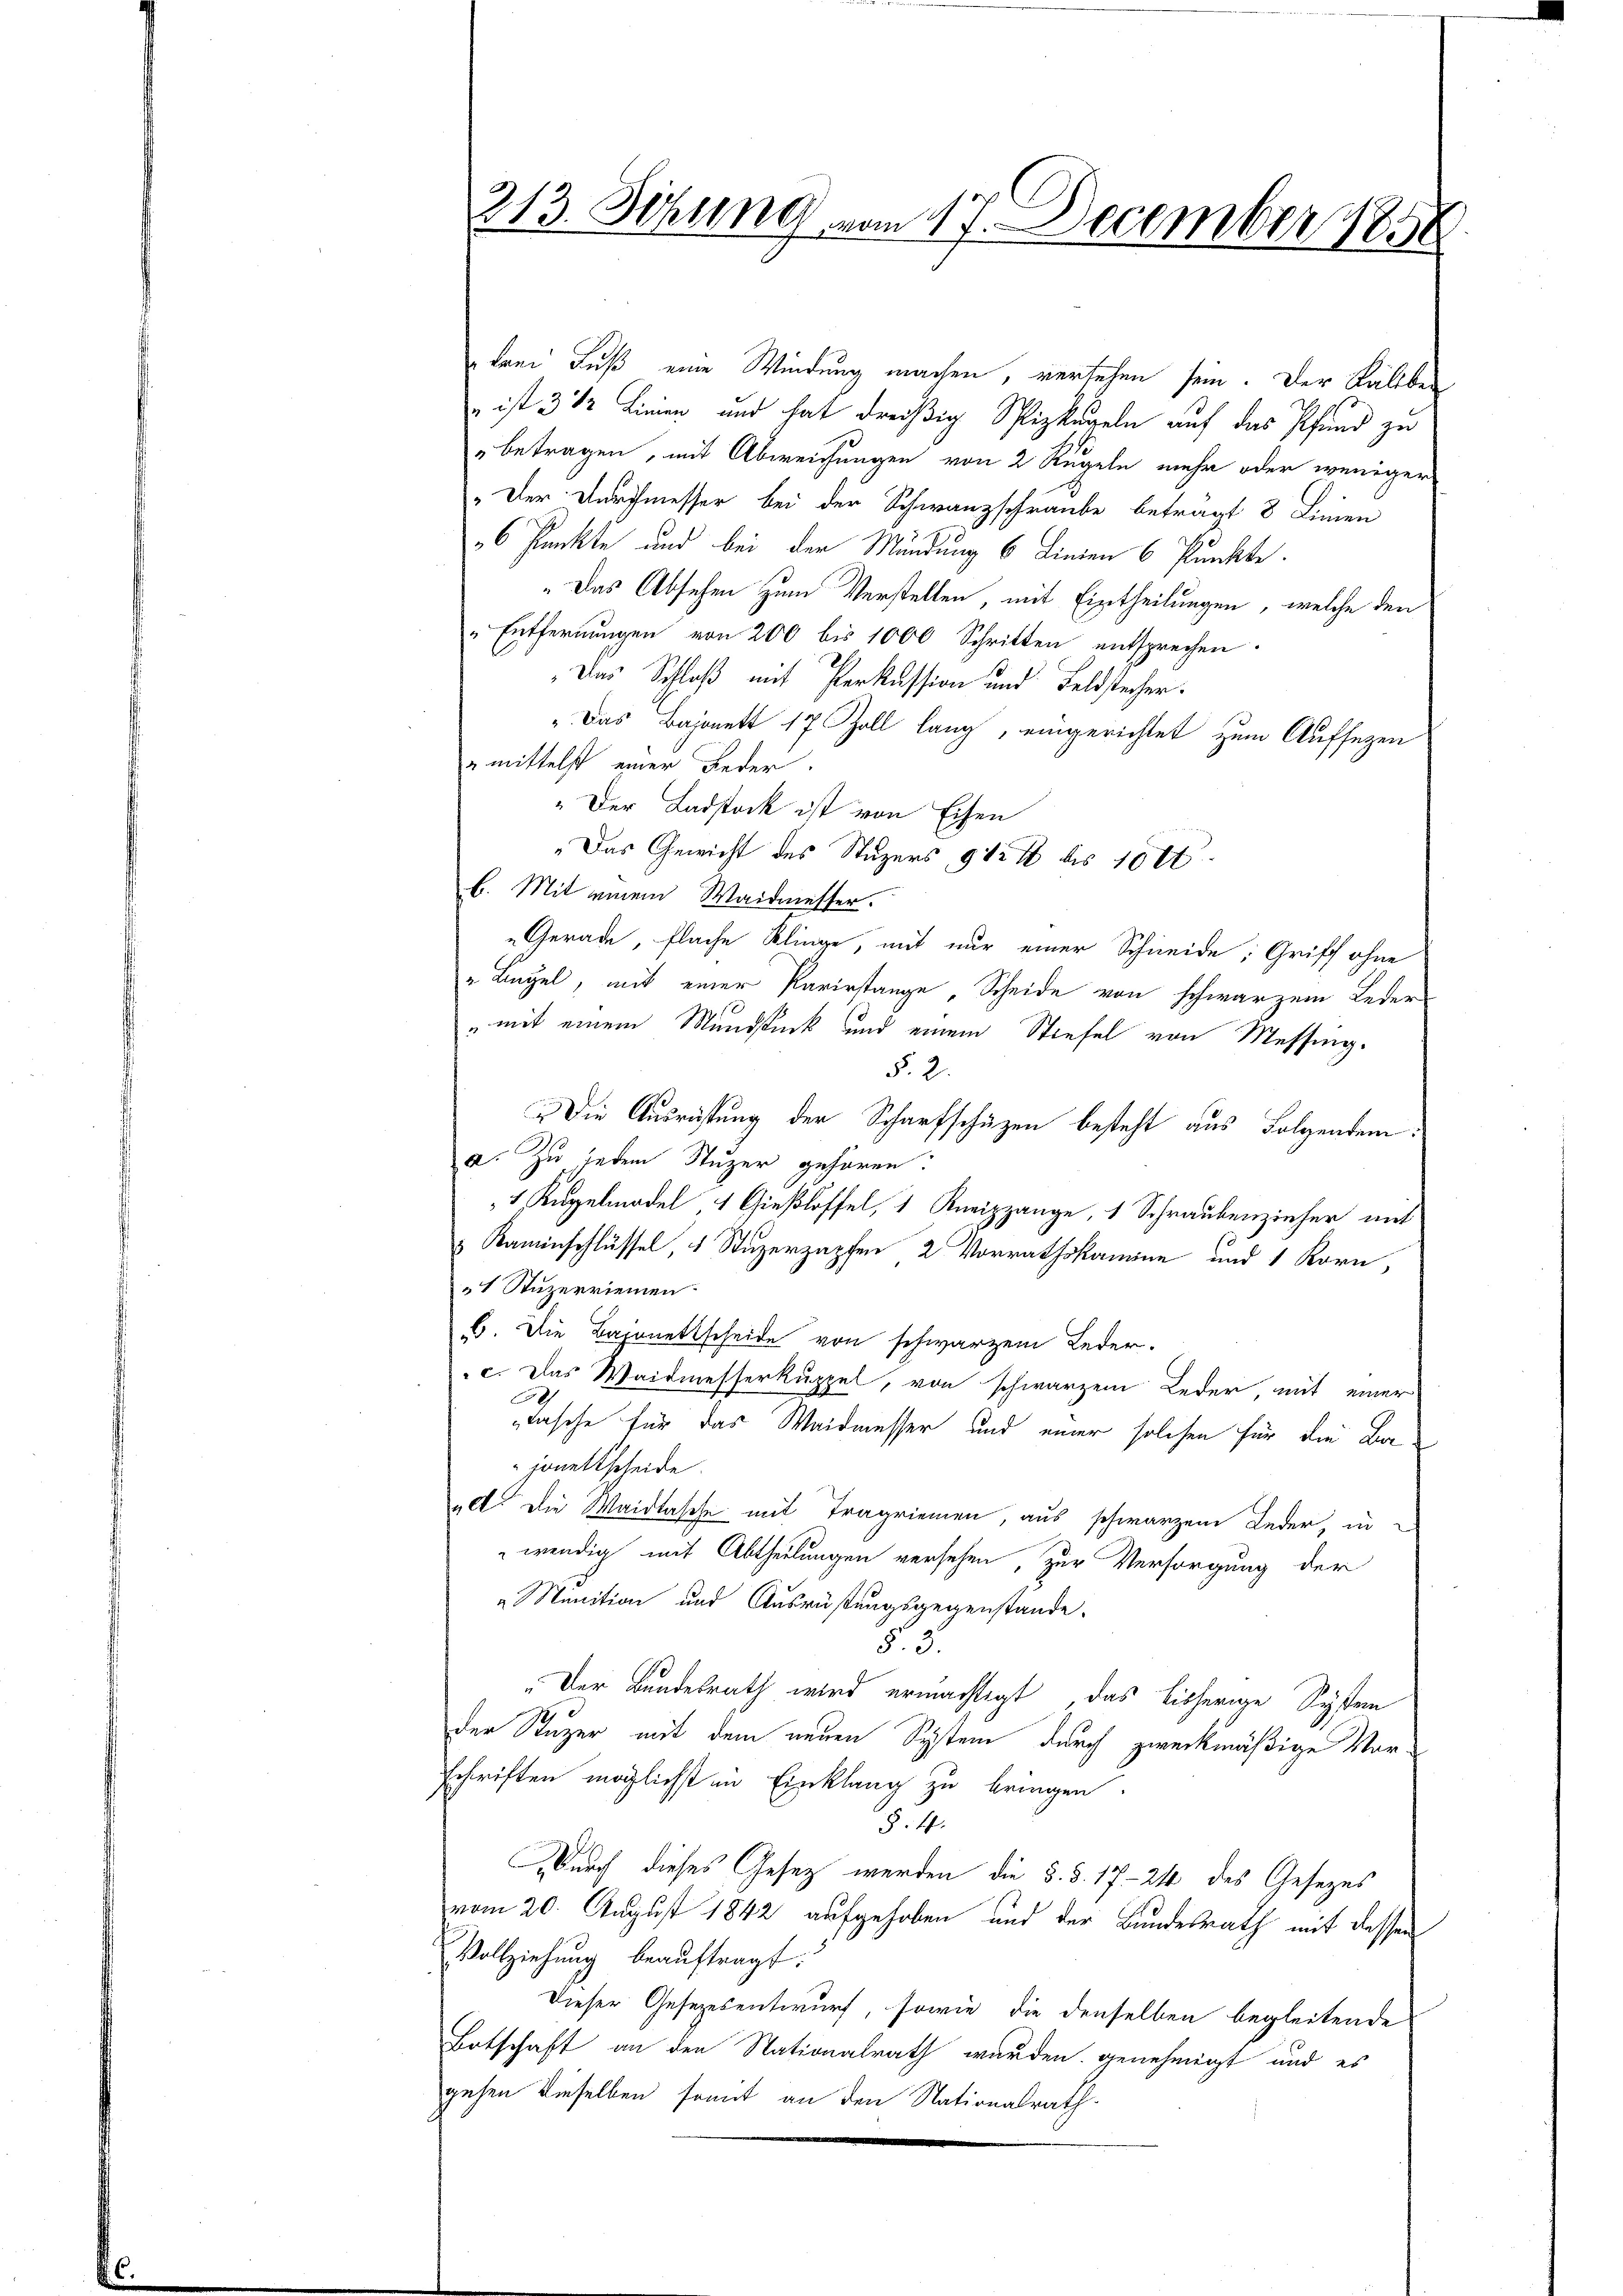
213. Setzung vom 17. December 1850

bani Fuß eine Windung machen, versehen sein. Der Käliben
 ist 3 1/2 Linien und hat dreißig Spizkugeln auf das Pfand zu
betragen, mit Abweichungen von 2 Rugeln mehr oder weniger
„Der Durchmesser bei der Schwanzschraube betragt 8 Linien
6 Punkte und bei der Mündung 6 Linien 6 Punkte.
Das Absehen zum Verstellen mit Eintheilungen, welche den
„Entfernungen von 200 bis 1000 Schritten entsprechen.
Das Schloß mit Perkussion und Feldstecher.
" Das Bajonett 17 Zoll lang, eingerichtet zum Aufsezen
" mittelst einer Leder.
„Der Ladstock ist von Eisen
„Das Gewicht des Stuzers, 912 % bis 10 tt
b. Mit einem Waidmesser.
Gerade, flache Klinge, mit nur einer Schneide; Griff ohne
„ Liegel, mit einer Parerstange, Scheide von schwarzem Leder
" mit einem Mundstück und einem Stiefel von Messing.
§. 2.
Die Ausrüstung der Scharfschüzen besteht aus Folgendem
a. Zu jedem Stuzer gehören.
7 Kugeladel 1 Gießlöffel, 1 Kneizzange, 1 Schraubenzieher mit
" Kaminschlüssel, 4 Stuzerzapfen 2 Vorrathskamine und 1 Korn,
1 Stuzerriemen
b. Die Bajonettscheide von schwarzem Leder-
c. Das Waidmesserkuppel, von schwarzen Leder, mit einer
2
lasche für das Waidmesser und einer solchen für die Bejonettscheide.
ull. Die Waidtasche mit Tragriemen, aus schwarzen Leder, in
wendig mit Abtheilungen versehen, zur Versorgung der
Munition und Ausrüstungsgegenstände.
§. 3.
„Der Bundesrath wird ermächtigt, das bisherige Systemn
der Stuzer mit dem neuen System durch zweckmäßige Vorschriften möglichst in Einklang zu bringen.
§. 4.
Durch dieses Gesetz werden die §. §. 17. 244 des Gesezes
vom 20. August 1842 aufgehoben und der Bundesrath mit dessen
Vollziehung beauftragt.
Dieser Gesezesentwurf, sowie die denselben begleitende
Botschaft an den Stationalrath wurden genehmigt und es
gehen dieselben somit an den Nationalrath.